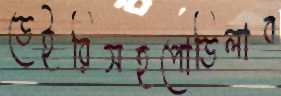
ডেইরিসহপোডিলাব